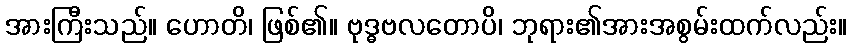
အားကြီးသည်။ ဟောတိ၊ ဖြစ်၏။ ဗုဒ္ဓဗလတောပိ၊ ဘုရား၏အားအစွမ်းထက်လည်း။